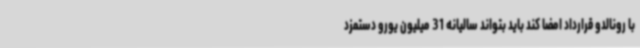
با رونالدو قرارداد امضا کند باید بتواند سالیانه 31 میلیون یورو دستمزد